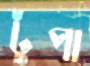
টুপা